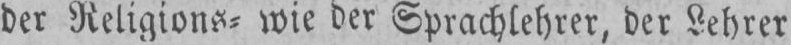
der Religions⸗ wie der Sprachlehrer, der Lehrer